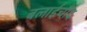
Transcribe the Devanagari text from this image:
बलाईचाँद